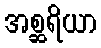
အစ္ဆရိယာ